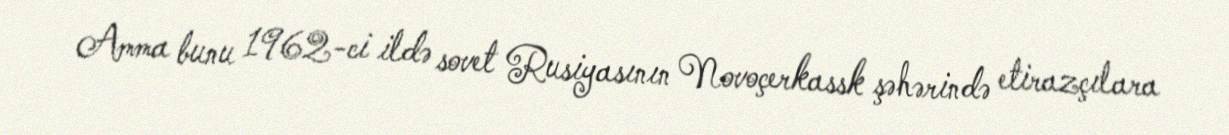
Amma bunu 1962-ci ildə sovet Rusiyasının Novoçerkassk şəhərində etirazçılara